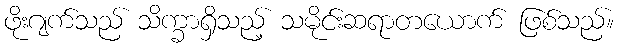
ဖိုးဂျက်သည် သိက္ခာရှိသည့် သမိုင်းဆရာတယောက် ဖြစ်သည်။